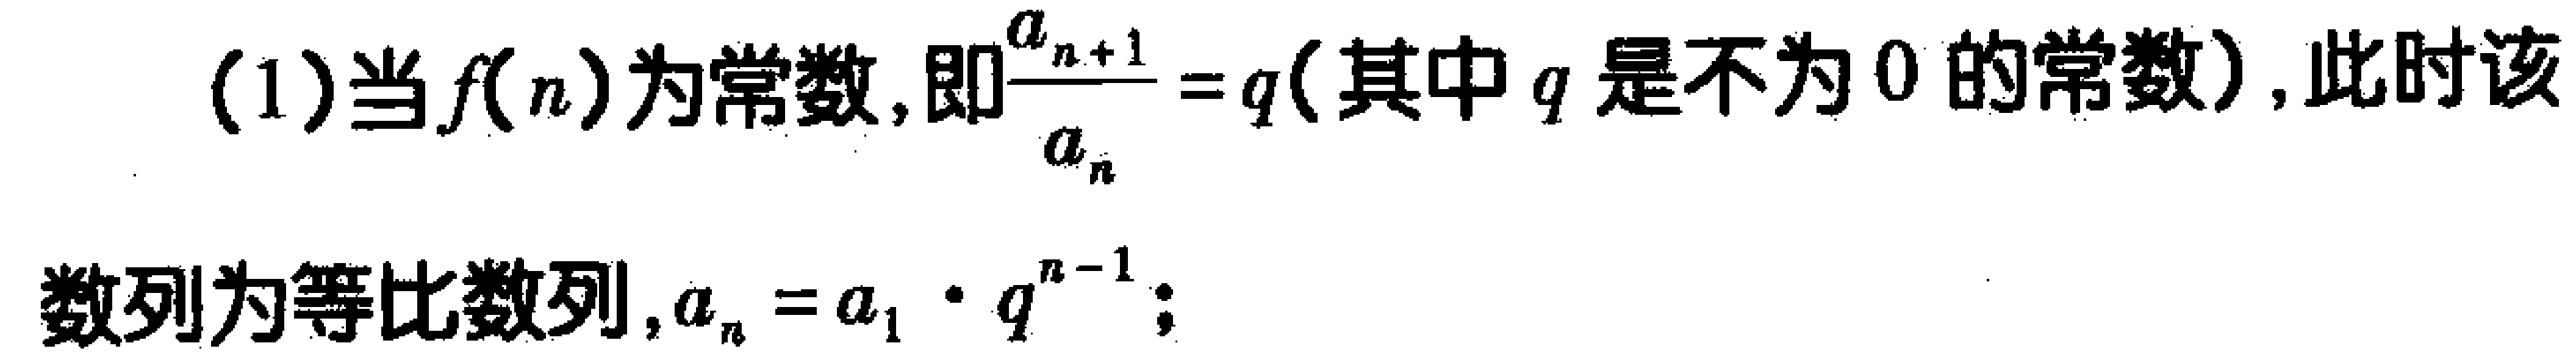
(1)当\(f(n)\)为常数，即\(\frac{a_{n + 1}}{a_{n}} = q\)(其中\(q\)是不为\(0\)的常数)，此时该数列为等比数列，\(a_{n}=a_{1}\cdot q^{n - 1}\)；